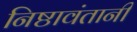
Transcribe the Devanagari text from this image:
निष्ठावंतानी